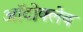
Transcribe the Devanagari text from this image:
ऑटोक्लेब